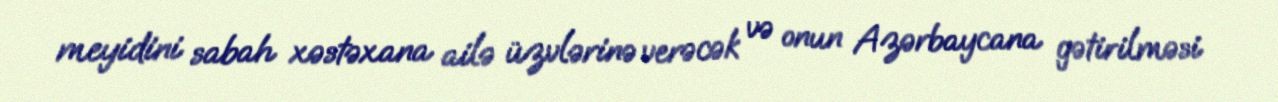
meyidini sabah xəstəxana ailə üzvlərinə verəcək və onun Azərbaycana gətirilməsi